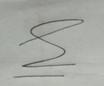
Signature authenticity: genuine